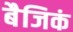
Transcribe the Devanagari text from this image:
बैजिकं